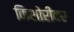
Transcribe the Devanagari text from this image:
किशोरीवर